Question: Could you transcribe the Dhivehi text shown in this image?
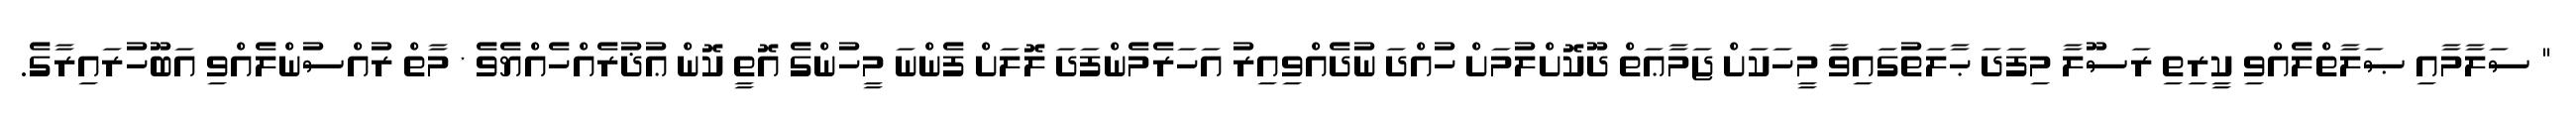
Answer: " ސަލާމާއި ޞަލާތްލެއްވި ކީރިތި ރަސޫލާ މިފަދަ ޙާލަތުގައިވާ މީހަކަށް ޖަމާޢަތް ދޫކޮށްލުމަށް ހުއްދަ ނުދެއްވިއިރު އަހަރެމެންފަދަ ލޮލަށް ފެންނަ މީހުންގެ އޮތީ ކޮން ޢުޛުރެއްހެއްޔެވެ * މާތް ރުއްސުންލެއްވި އަބޫހުރައިރާގެ.